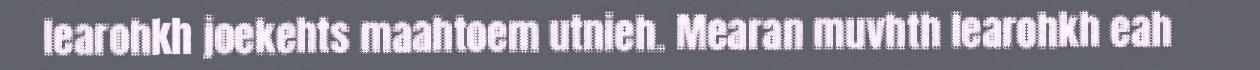
learohkh joekehts maahtoem utnieh. Mearan muvhth learohkh eah